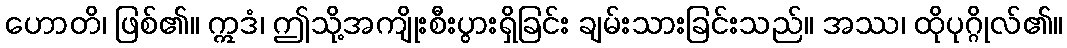
ဟောတိ၊ ဖြစ်၏။ ဣဒံ၊ ဤသို့အကျိုးစီးပွားရှိခြင်း ချမ်းသားခြင်းသည်။ အဿ၊ ထိုပုဂ္ဂိုလ်၏။